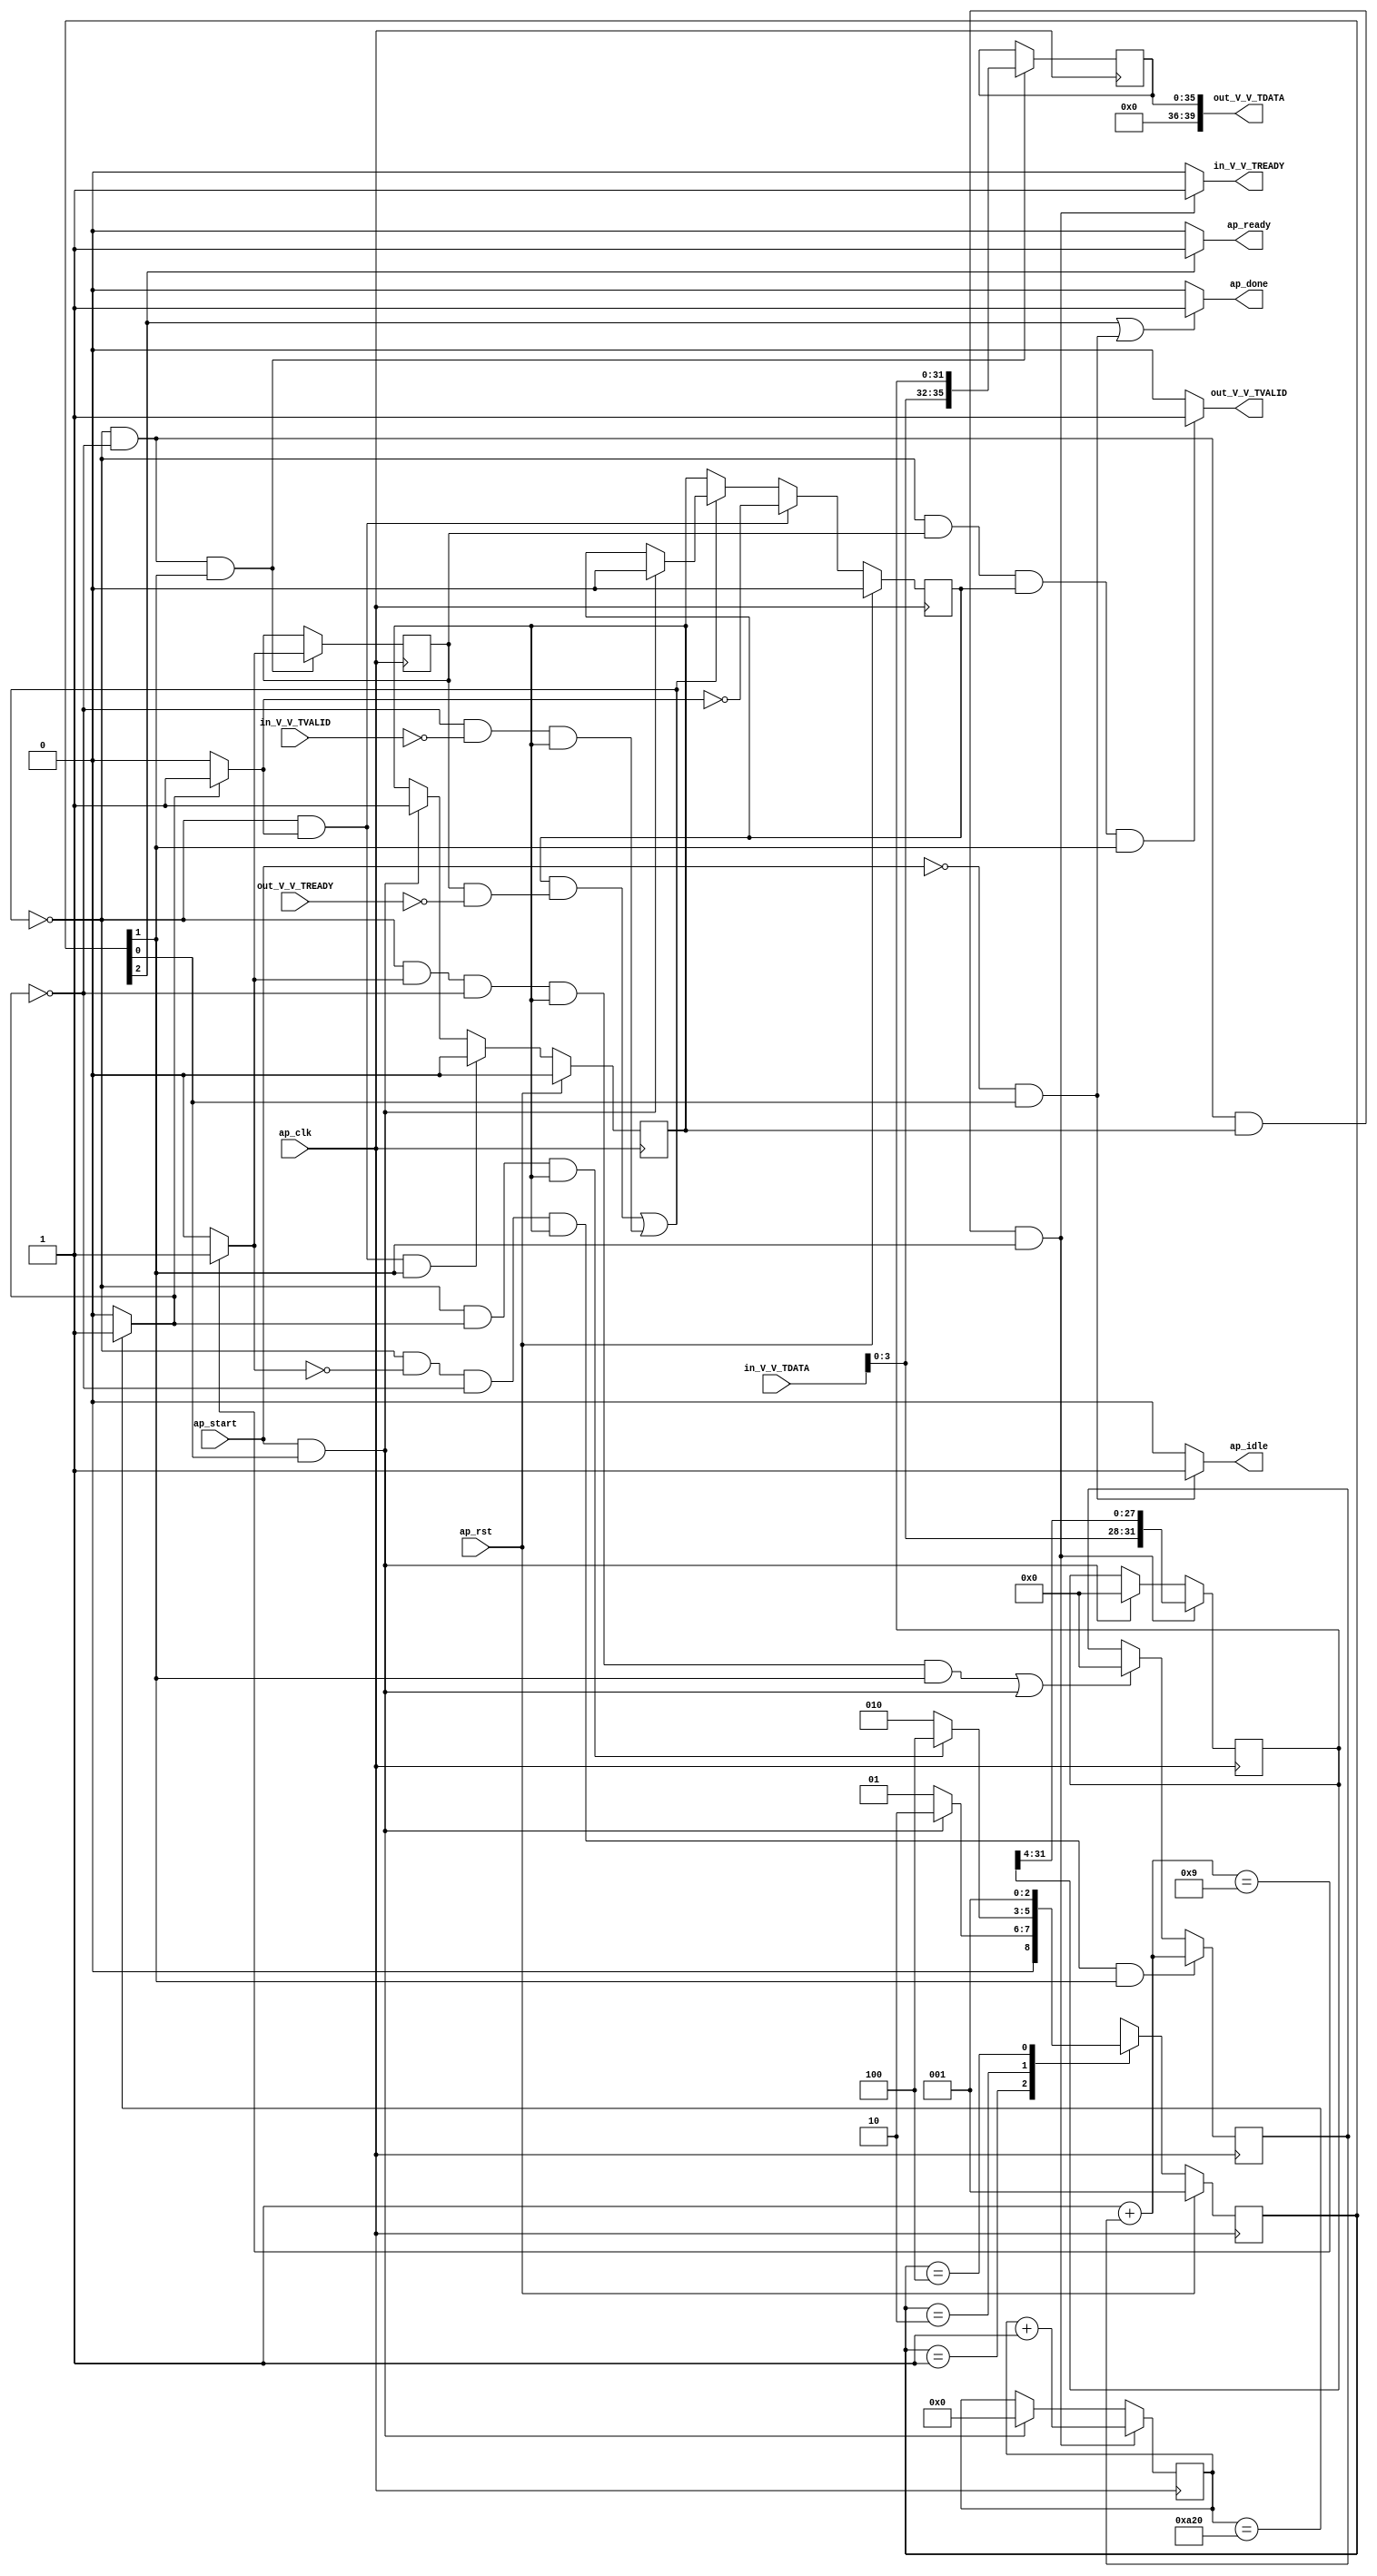
// ==============================================================
// RTL generated by Vivado(TM) HLS - High-Level Synthesis from C, C++ and OpenCL
// Version: 2020.1
// Copyright (C) 1986-2020 Xilinx, Inc. All Rights Reserved.
// 
// ===========================================================

`timescale 1 ns / 1 ps 

module StreamingDataWidthConverter_Batch_3_StreamingDataWidthCo_1 (
        ap_clk,
        ap_rst,
        ap_start,
        ap_done,
        ap_idle,
        ap_ready,
        in_V_V_TDATA,
        in_V_V_TVALID,
        in_V_V_TREADY,
        out_V_V_TDATA,
        out_V_V_TVALID,
        out_V_V_TREADY
);

parameter    ap_ST_fsm_state1 = 3'd1;
parameter    ap_ST_fsm_pp0_stage0 = 3'd2;
parameter    ap_ST_fsm_state4 = 3'd4;

input   ap_clk;
input   ap_rst;
input   ap_start;
output   ap_done;
output   ap_idle;
output   ap_ready;
input  [7:0] in_V_V_TDATA;
input   in_V_V_TVALID;
output   in_V_V_TREADY;
output  [39:0] out_V_V_TDATA;
output   out_V_V_TVALID;
input   out_V_V_TREADY;

reg ap_done;
reg ap_idle;
reg ap_ready;
reg in_V_V_TREADY;
reg out_V_V_TVALID;

(* fsm_encoding = "none" *) reg   [2:0] ap_CS_fsm;
wire    ap_CS_fsm_state1;
reg    in_V_V_TDATA_blk_n;
wire    ap_CS_fsm_pp0_stage0;
reg    ap_enable_reg_pp0_iter0;
wire    ap_block_pp0_stage0;
wire   [0:0] icmp_ln508_fu_94_p2;
reg    out_V_V_TDATA_blk_n;
reg    ap_enable_reg_pp0_iter1;
reg   [0:0] icmp_ln517_reg_181;
reg   [31:0] r_V_reg_67;
reg   [11:0] t_0_reg_78;
reg    ap_block_state2_pp0_stage0_iter0;
wire    ap_block_state3_pp0_stage0_iter1;
reg    ap_block_state3_io;
reg    ap_block_pp0_stage0_11001;
wire   [11:0] t_fu_100_p2;
wire   [35:0] p_Result_s_fu_113_p3;
reg   [35:0] p_Result_s_reg_176;
wire   [0:0] icmp_ln517_fu_127_p2;
wire   [31:0] trunc_ln_fu_148_p3;
reg    ap_block_pp0_stage0_subdone;
reg    ap_condition_pp0_exit_iter0_state2;
reg   [31:0] i_1_fu_50;
wire   [31:0] i_fu_121_p2;
reg    ap_block_pp0_stage0_01001;
wire   [3:0] tmp_V_fu_109_p1;
wire   [27:0] tmp_1_fu_138_p4;
wire    ap_CS_fsm_state4;
reg   [2:0] ap_NS_fsm;
reg    ap_idle_pp0;
wire    ap_enable_pp0;

// power-on initialization
initial begin
#0 ap_CS_fsm = 3'd1;
#0 ap_enable_reg_pp0_iter0 = 1'b0;
#0 ap_enable_reg_pp0_iter1 = 1'b0;
end

always @ (posedge ap_clk) begin
    if (ap_rst == 1'b1) begin
        ap_CS_fsm <= ap_ST_fsm_state1;
    end else begin
        ap_CS_fsm <= ap_NS_fsm;
    end
end

always @ (posedge ap_clk) begin
    if (ap_rst == 1'b1) begin
        ap_enable_reg_pp0_iter0 <= 1'b0;
    end else begin
        if (((1'b0 == ap_block_pp0_stage0_subdone) & (1'b1 == ap_condition_pp0_exit_iter0_state2) & (1'b1 == ap_CS_fsm_pp0_stage0))) begin
            ap_enable_reg_pp0_iter0 <= 1'b0;
        end else if (((ap_start == 1'b1) & (1'b1 == ap_CS_fsm_state1))) begin
            ap_enable_reg_pp0_iter0 <= 1'b1;
        end
    end
end

always @ (posedge ap_clk) begin
    if (ap_rst == 1'b1) begin
        ap_enable_reg_pp0_iter1 <= 1'b0;
    end else begin
        if (((1'b0 == ap_block_pp0_stage0_subdone) & (1'b1 == ap_condition_pp0_exit_iter0_state2))) begin
            ap_enable_reg_pp0_iter1 <= (1'b1 ^ ap_condition_pp0_exit_iter0_state2);
        end else if ((1'b0 == ap_block_pp0_stage0_subdone)) begin
            ap_enable_reg_pp0_iter1 <= ap_enable_reg_pp0_iter0;
        end else if (((ap_start == 1'b1) & (1'b1 == ap_CS_fsm_state1))) begin
            ap_enable_reg_pp0_iter1 <= 1'b0;
        end
    end
end

always @ (posedge ap_clk) begin
    if (((1'b0 == ap_block_pp0_stage0_11001) & (icmp_ln517_fu_127_p2 == 1'd0) & (icmp_ln508_fu_94_p2 == 1'd0) & (ap_enable_reg_pp0_iter0 == 1'b1) & (1'b1 == ap_CS_fsm_pp0_stage0))) begin
        i_1_fu_50 <= i_fu_121_p2;
    end else if ((((1'b0 == ap_block_pp0_stage0_11001) & (icmp_ln517_fu_127_p2 == 1'd1) & (icmp_ln508_fu_94_p2 == 1'd0) & (ap_enable_reg_pp0_iter0 == 1'b1) & (1'b1 == ap_CS_fsm_pp0_stage0)) | ((ap_start == 1'b1) & (1'b1 == ap_CS_fsm_state1)))) begin
        i_1_fu_50 <= 32'd0;
    end
end

always @ (posedge ap_clk) begin
    if (((1'b0 == ap_block_pp0_stage0_11001) & (icmp_ln508_fu_94_p2 == 1'd0) & (ap_enable_reg_pp0_iter0 == 1'b1) & (1'b1 == ap_CS_fsm_pp0_stage0))) begin
        r_V_reg_67 <= trunc_ln_fu_148_p3;
    end else if (((ap_start == 1'b1) & (1'b1 == ap_CS_fsm_state1))) begin
        r_V_reg_67 <= 32'd0;
    end
end

always @ (posedge ap_clk) begin
    if (((1'b0 == ap_block_pp0_stage0_11001) & (icmp_ln508_fu_94_p2 == 1'd0) & (ap_enable_reg_pp0_iter0 == 1'b1) & (1'b1 == ap_CS_fsm_pp0_stage0))) begin
        t_0_reg_78 <= t_fu_100_p2;
    end else if (((ap_start == 1'b1) & (1'b1 == ap_CS_fsm_state1))) begin
        t_0_reg_78 <= 12'd0;
    end
end

always @ (posedge ap_clk) begin
    if (((1'b0 == ap_block_pp0_stage0_11001) & (icmp_ln508_fu_94_p2 == 1'd0) & (1'b1 == ap_CS_fsm_pp0_stage0))) begin
        icmp_ln517_reg_181 <= icmp_ln517_fu_127_p2;
        p_Result_s_reg_176 <= p_Result_s_fu_113_p3;
    end
end

always @ (*) begin
    if ((icmp_ln508_fu_94_p2 == 1'd1)) begin
        ap_condition_pp0_exit_iter0_state2 = 1'b1;
    end else begin
        ap_condition_pp0_exit_iter0_state2 = 1'b0;
    end
end

always @ (*) begin
    if (((1'b1 == ap_CS_fsm_state4) | ((ap_start == 1'b0) & (1'b1 == ap_CS_fsm_state1)))) begin
        ap_done = 1'b1;
    end else begin
        ap_done = 1'b0;
    end
end

always @ (*) begin
    if (((ap_start == 1'b0) & (1'b1 == ap_CS_fsm_state1))) begin
        ap_idle = 1'b1;
    end else begin
        ap_idle = 1'b0;
    end
end

always @ (*) begin
    if (((ap_enable_reg_pp0_iter1 == 1'b0) & (ap_enable_reg_pp0_iter0 == 1'b0))) begin
        ap_idle_pp0 = 1'b1;
    end else begin
        ap_idle_pp0 = 1'b0;
    end
end

always @ (*) begin
    if ((1'b1 == ap_CS_fsm_state4)) begin
        ap_ready = 1'b1;
    end else begin
        ap_ready = 1'b0;
    end
end

always @ (*) begin
    if (((icmp_ln508_fu_94_p2 == 1'd0) & (1'b0 == ap_block_pp0_stage0) & (ap_enable_reg_pp0_iter0 == 1'b1) & (1'b1 == ap_CS_fsm_pp0_stage0))) begin
        in_V_V_TDATA_blk_n = in_V_V_TVALID;
    end else begin
        in_V_V_TDATA_blk_n = 1'b1;
    end
end

always @ (*) begin
    if (((1'b0 == ap_block_pp0_stage0_11001) & (icmp_ln508_fu_94_p2 == 1'd0) & (ap_enable_reg_pp0_iter0 == 1'b1) & (1'b1 == ap_CS_fsm_pp0_stage0))) begin
        in_V_V_TREADY = 1'b1;
    end else begin
        in_V_V_TREADY = 1'b0;
    end
end

always @ (*) begin
    if (((icmp_ln517_reg_181 == 1'd1) & (1'b0 == ap_block_pp0_stage0) & (ap_enable_reg_pp0_iter1 == 1'b1) & (1'b1 == ap_CS_fsm_pp0_stage0))) begin
        out_V_V_TDATA_blk_n = out_V_V_TREADY;
    end else begin
        out_V_V_TDATA_blk_n = 1'b1;
    end
end

always @ (*) begin
    if (((1'b0 == ap_block_pp0_stage0_11001) & (icmp_ln517_reg_181 == 1'd1) & (ap_enable_reg_pp0_iter1 == 1'b1) & (1'b1 == ap_CS_fsm_pp0_stage0))) begin
        out_V_V_TVALID = 1'b1;
    end else begin
        out_V_V_TVALID = 1'b0;
    end
end

always @ (*) begin
    case (ap_CS_fsm)
        ap_ST_fsm_state1 : begin
            if (((ap_start == 1'b1) & (1'b1 == ap_CS_fsm_state1))) begin
                ap_NS_fsm = ap_ST_fsm_pp0_stage0;
            end else begin
                ap_NS_fsm = ap_ST_fsm_state1;
            end
        end
        ap_ST_fsm_pp0_stage0 : begin
            if (~((1'b0 == ap_block_pp0_stage0_subdone) & (icmp_ln508_fu_94_p2 == 1'd1) & (ap_enable_reg_pp0_iter0 == 1'b1))) begin
                ap_NS_fsm = ap_ST_fsm_pp0_stage0;
            end else if (((1'b0 == ap_block_pp0_stage0_subdone) & (icmp_ln508_fu_94_p2 == 1'd1) & (ap_enable_reg_pp0_iter0 == 1'b1))) begin
                ap_NS_fsm = ap_ST_fsm_state4;
            end else begin
                ap_NS_fsm = ap_ST_fsm_pp0_stage0;
            end
        end
        ap_ST_fsm_state4 : begin
            ap_NS_fsm = ap_ST_fsm_state1;
        end
        default : begin
            ap_NS_fsm = 'bx;
        end
    endcase
end

assign ap_CS_fsm_pp0_stage0 = ap_CS_fsm[32'd1];

assign ap_CS_fsm_state1 = ap_CS_fsm[32'd0];

assign ap_CS_fsm_state4 = ap_CS_fsm[32'd2];

assign ap_block_pp0_stage0 = ~(1'b1 == 1'b1);

always @ (*) begin
    ap_block_pp0_stage0_01001 = ((icmp_ln508_fu_94_p2 == 1'd0) & (in_V_V_TVALID == 1'b0) & (ap_enable_reg_pp0_iter0 == 1'b1));
end

always @ (*) begin
    ap_block_pp0_stage0_11001 = (((ap_enable_reg_pp0_iter1 == 1'b1) & (1'b1 == ap_block_state3_io)) | ((icmp_ln508_fu_94_p2 == 1'd0) & (in_V_V_TVALID == 1'b0) & (ap_enable_reg_pp0_iter0 == 1'b1)));
end

always @ (*) begin
    ap_block_pp0_stage0_subdone = (((ap_enable_reg_pp0_iter1 == 1'b1) & (1'b1 == ap_block_state3_io)) | ((icmp_ln508_fu_94_p2 == 1'd0) & (in_V_V_TVALID == 1'b0) & (ap_enable_reg_pp0_iter0 == 1'b1)));
end

always @ (*) begin
    ap_block_state2_pp0_stage0_iter0 = ((icmp_ln508_fu_94_p2 == 1'd0) & (in_V_V_TVALID == 1'b0));
end

always @ (*) begin
    ap_block_state3_io = ((icmp_ln517_reg_181 == 1'd1) & (out_V_V_TREADY == 1'b0));
end

assign ap_block_state3_pp0_stage0_iter1 = ~(1'b1 == 1'b1);

assign ap_enable_pp0 = (ap_idle_pp0 ^ 1'b1);

assign i_fu_121_p2 = (32'd1 + i_1_fu_50);

assign icmp_ln508_fu_94_p2 = ((t_0_reg_78 == 12'd2592) ? 1'b1 : 1'b0);

assign icmp_ln517_fu_127_p2 = ((i_fu_121_p2 == 32'd9) ? 1'b1 : 1'b0);

assign out_V_V_TDATA = p_Result_s_reg_176;

assign p_Result_s_fu_113_p3 = {{tmp_V_fu_109_p1}, {r_V_reg_67}};

assign t_fu_100_p2 = (t_0_reg_78 + 12'd1);

assign tmp_1_fu_138_p4 = {{r_V_reg_67[31:4]}};

assign tmp_V_fu_109_p1 = in_V_V_TDATA[3:0];

assign trunc_ln_fu_148_p3 = {{tmp_V_fu_109_p1}, {tmp_1_fu_138_p4}};

endmodule //StreamingDataWidthConverter_Batch_3_StreamingDataWidthCo_1